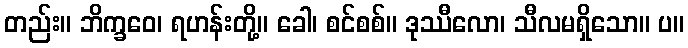
တည်း။ ဘိက္ခဝေ၊ ရဟန်းတို့။ ခေါ၊ စင်စစ်။ ဒုဿီလော၊ သီလမရှိသော။ ပ။